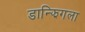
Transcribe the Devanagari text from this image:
डान्झिगला